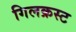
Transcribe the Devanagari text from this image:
गिलक्रस्ट